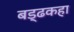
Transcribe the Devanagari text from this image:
बड्ढकहा